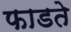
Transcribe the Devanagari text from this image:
फाडते